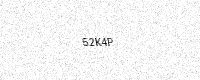
Text: 52K4P